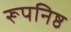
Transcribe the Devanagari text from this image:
रूपनिष्ठ